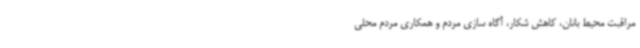
مراقبت‌ محیط بانان‌، کاهش شکار، آگاه سازی مردم و همکاری مردم محلی